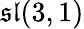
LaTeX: {\mathfrak{sl}}(3,1)